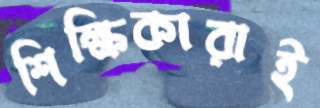
শিক্ষিকারাই